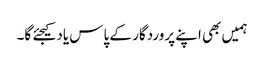
ہمیں بھی اپنے پروردگار کے پاس یاد کیجئے گا۔